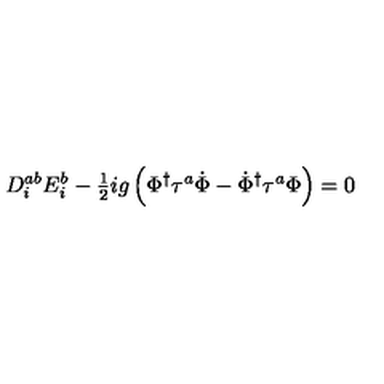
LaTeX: D _ { i } ^ { a b } E _ { i } ^ { b } - { \textstyle { \frac { 1 } { 2 } } } i g \left( \Phi ^ { \dagger } \tau ^ { a } \dot { \Phi } - \dot { \Phi } ^ { \dagger } \tau ^ { a } \Phi \right) = 0